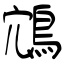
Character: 鴧